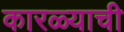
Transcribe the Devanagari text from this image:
कारळ्याची